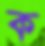
ক